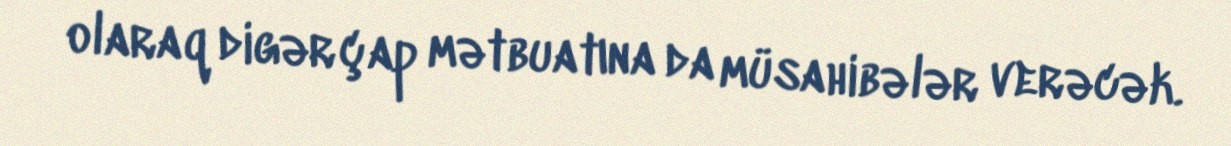
olaraq digər çap mətbuatına da müsahibələr verəcək.